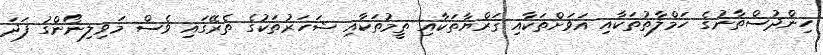
ހިންދުސްތާނުގެ ހަމްލާތުތަކާއި އަވަށްތަކާއި ޤަރްޔާތަކާއި ތީމުތަކާއި ޝަހަރުތަކުގެ ތެރޭގައި ވެސް މަވިލިނޯންގު ފަދަ